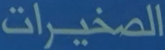
الصغيرات